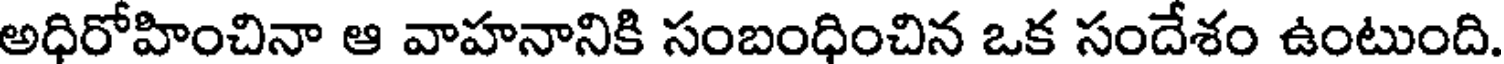
అధిరోహించినా ఆ వాహనానికి సంబంధించిన ఒక సందేశం ఉంటుంది.